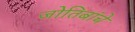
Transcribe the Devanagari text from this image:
जोतिबांचे